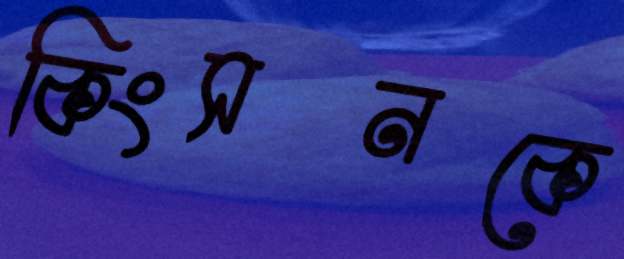
কিংসনকে